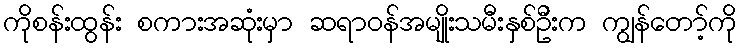
ကိုစန်းထွန်း စကားအဆုံးမှာ ဆရာဝန်အမျိုးသမီးနှစ်ဦးက ကျွန်တော့်ကို